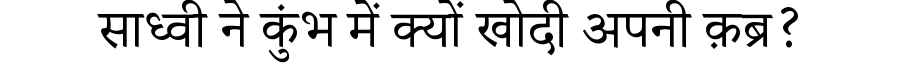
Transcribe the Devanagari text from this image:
साध्वी ने कुंभ में क्यों खोदी अपनी क़ब्र?